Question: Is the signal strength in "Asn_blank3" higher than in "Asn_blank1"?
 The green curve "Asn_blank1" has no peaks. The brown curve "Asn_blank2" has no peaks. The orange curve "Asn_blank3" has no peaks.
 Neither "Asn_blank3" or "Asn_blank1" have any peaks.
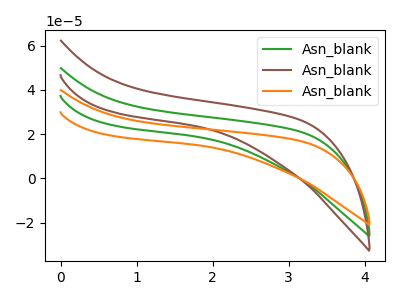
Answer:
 <answer>I cant tell if "Asn_blank3" or "Asn_blank1" has more signal.</answer>
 <eval>mixed_signal</eval>